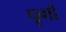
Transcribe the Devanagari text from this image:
पूगौ